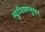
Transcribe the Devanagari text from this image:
म्युजियमसुफर